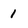
Character: 1